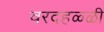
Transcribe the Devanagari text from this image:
वरदहळ्ळी